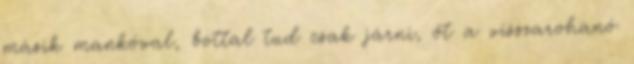
másik mankóval, bottal tud csak járni, őt a visszarohanó